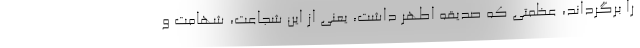
را برگرداند، عظمتی که صدیقه اطهر داشت، یعنی از این شجاعت، شهامت و